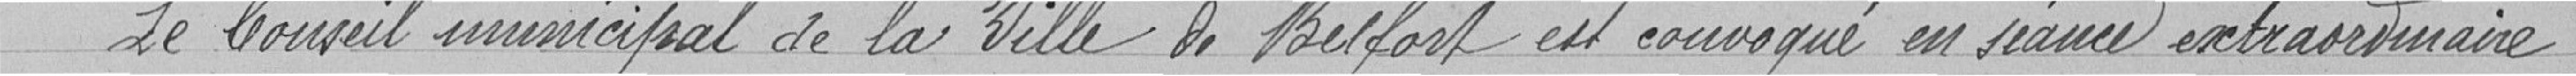
Le Conseil municipal de la Ville de Belfort est convoqué en séance extraoutmaire